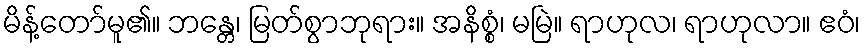
မိန့်တော်မူ၏။ ဘန္တေ၊ မြတ်စွာဘုရား။ အနိစ္စံ၊ မမြဲ။ ရာဟုလ၊ ရာဟုလာ။ ဧဝံ၊